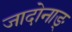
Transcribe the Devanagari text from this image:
जादोनाङ्